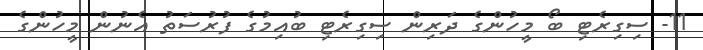
11- ސިގިރެޓި ބޯ މީހުންގެ ދަރިން ސިގިރެޓި ބުއިމުގެ ފުރުސަތު އެނުން މީހުންގެ